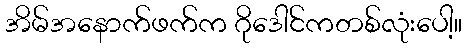
အိမ်အနောက်ဖက်က ဂိုဒေါင်ကတစ်လုံးပေါ့။